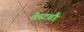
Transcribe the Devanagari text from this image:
वेस्टबैंड